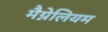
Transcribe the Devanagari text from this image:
मैग्नेलियम